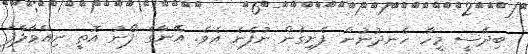
ބިދޭސީ މީހާ ހެނދުނުން ފެށިގެން ނުފެނެ އެވެ. އޭނާގެ ފޯނު އޮތީ ނިއްވާލާފަ